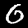
Digit: 0